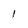
Character: 1